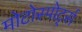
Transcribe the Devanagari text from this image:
मोटोस्पोर्ट्स